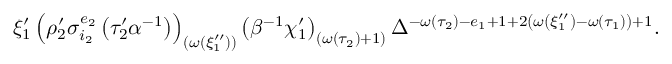
\xi _ { 1 } ^ { \prime } \left( \rho _ { 2 } ^ { \prime } \sigma _ { i _ { 2 } } ^ { e _ { 2 } } \left( \tau _ { 2 } ^ { \prime } \alpha ^ { - 1 } \right) \right) _ { \left( \omega \left( \xi _ { 1 } ^ { \prime \prime } \right) \right) } \left( \beta ^ { - 1 } \chi _ { 1 } ^ { \prime } \right) _ { \left( \omega \left( \tau _ { 2 } \right) + 1 \right) } \Delta ^ { - \omega \left( \tau _ { 2 } \right) - e _ { 1 } + 1 + 2 \left( \omega \left( \xi _ { 1 } ^ { \prime \prime } \right) - \omega \left( \tau _ { 1 } \right) \right) + 1 } .